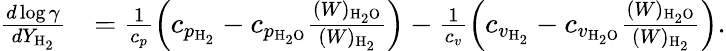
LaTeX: \begin{array}{rl}{\frac{d\log\gamma}{dY_{\mathrm{H}_{2}}}}&{=\frac{1}{c_{p}}\left(c_{p_{\mathrm{H}_{2}}}-c_{p_{\mathrm{H}_{2}\mathrm{O}}}\frac{(W)_{\mathrm{H}_{2}\mathrm{O}}}{(W)_{\mathrm{H}_{2}}}\right)-\frac{1}{c_{v}}\left(c_{v_{\mathrm{H}_{2}}}-c_{v_{\mathrm{H}_{2}\mathrm{O}}}\frac{(W)_{\mathrm{H}_{2}\mathrm{O}}}{(W)_{\mathrm{H}_{2}}}\right).}\end{array}